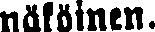
näköinen.